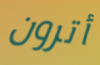
أترون